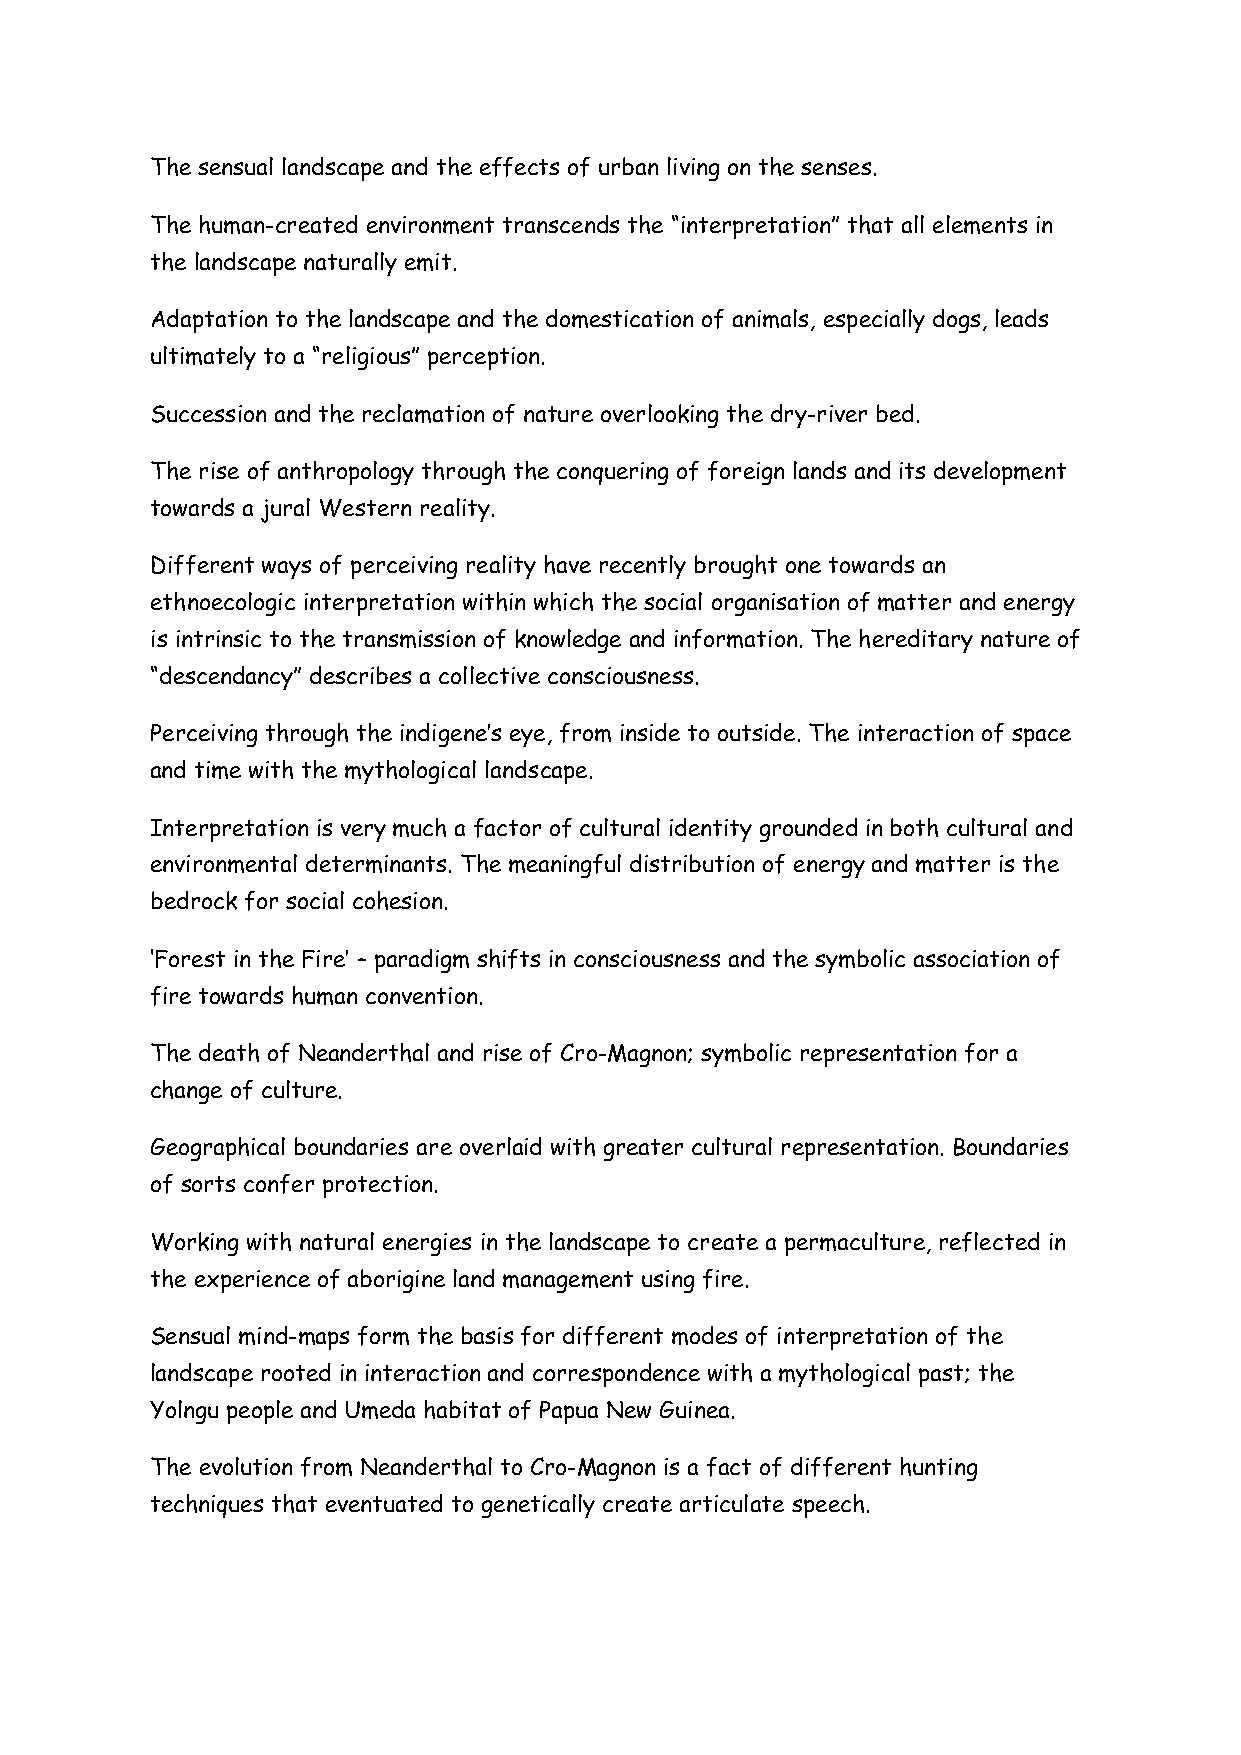
The sensual landscape and the effects of urban living on the senses.
 The human-created environment transcends the “interpretation” that all elements in
 the landscape naturally emit.
 Adaptation to the landscape and the domestication of animals, especially dogs, leads
 ultimately to a “religious” perception.
 Succession and the reclamation of nature overlooking the dry-river bed.
 The rise of anthropology through the conquering of foreign lands and its development
 towards a jural Western reality.
 Different ways of perceiving reality have recently brought one towards an
 ethnoecologic interpretation within which the social organisation of matter and energy
 is intrinsic to the transmission of knowledge and information. The hereditary nature of
 “descendancy” describes a collective consciousness.
 Perceiving through the indigene’s eye, from inside to outside. The interaction of space
 and time with the mythological landscape.
 Interpretation is very much a factor of cultural identity grounded in both cultural and
 environmental determinants. The meaningful distribution of energy and matter is the
 bedrock for social cohesion.
 ‘Forest in the Fire’ – paradigm shifts in consciousness and the symbolic association of
 fire towards human convention.
 The death of Neanderthal and rise of Cro-Magnon; symbolic representation for a
 change of culture.
 Geographical boundaries are overlaid with greater cultural representation. Boundaries
 of sorts confer protection.
 Working with natural energies in the landscape to create a permaculture, reflected in
 the experience of aborigine land management using fire.
 Sensual mind-maps form the basis for different modes of interpretation of the
 landscape rooted in interaction and correspondence with a mythological past; the
 Yolngu people and Umeda habitat of Papua New Guinea.
 The evolution from Neanderthal to Cro-Magnon is a fact of different hunting
 techniques that eventuated to genetically create articulate speech.